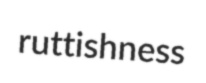
ruttishness